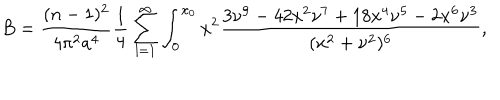
B = \frac { ( n - 1 ) ^ { 2 } } { 4 \pi ^ { 2 } a ^ { 4 } } \frac { 1 } { 4 } \sum _ { l = 1 } ^ { \infty } \int _ { 0 } ^ { x _ { 0 } } x ^ { 2 } \frac { 3 \nu ^ { 9 } - 4 2 x ^ { 2 } \nu ^ { 7 } + 1 8 x ^ { 4 } \nu ^ { 5 } - 2 x ^ { 6 } \nu ^ { 3 } } { ( x ^ { 2 } + \nu ^ { 2 } ) ^ { 6 } } ,